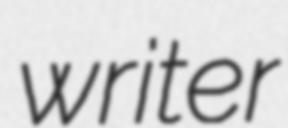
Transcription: writer